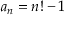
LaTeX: a _ { n } = n ! - 1